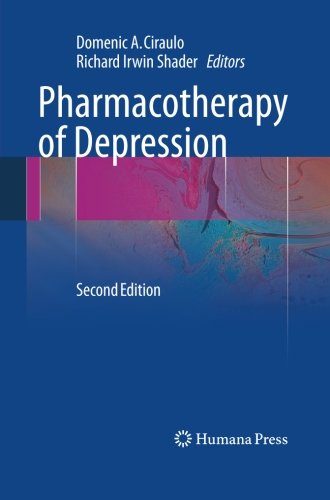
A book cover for Pharmacotherapy of Depression; Medical Books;